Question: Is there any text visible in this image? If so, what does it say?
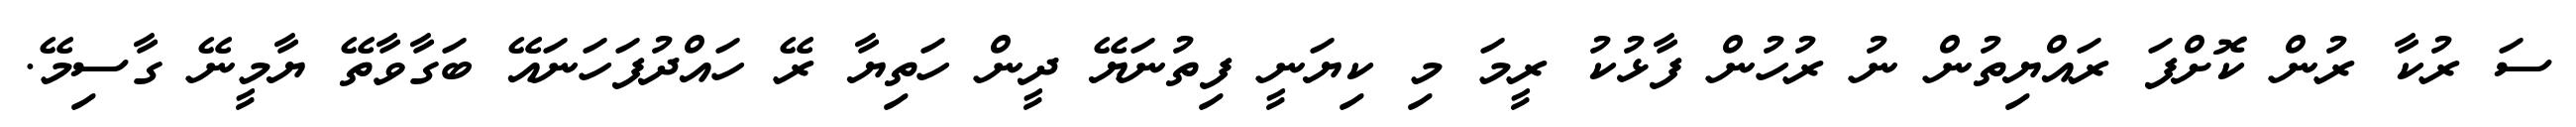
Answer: ސަ ރުކާ ރުން ކޮށްފަ ރައްޔިތުން ނު ރުހުން ފާޅުކު ރީމަ މި ކިޔަނީ ފިތުނަޔޭ ދީން ހަތިޔާ ރޭ ހައްދުފަހަނައޭ ބަގާވާތޭ ޔާމީނޭ ގާސިމޭ.